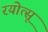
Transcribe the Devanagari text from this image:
रयोत्सू